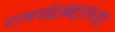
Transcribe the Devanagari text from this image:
रामचंद्रबद्दलच्या